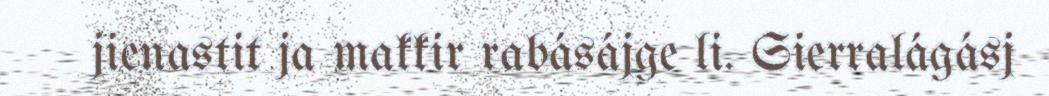
jienastit ja makkir rabásájge li. Sierralágásj